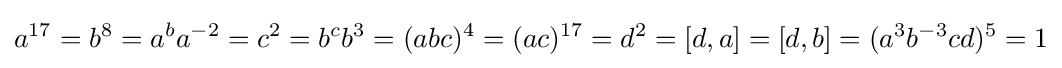
a^{17}=b^{8}=a^{b}a^{-2}=c^{2}=b^{c}b^{3}=(abc)^{4}=(ac)^{17}=d^{2}=[d,a]=[d,b]=(a^{3}b^{-3}cd)^{5}=1